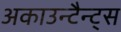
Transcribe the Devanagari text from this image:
अकाउन्टैन्ट्स